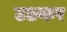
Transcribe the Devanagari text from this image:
उछकर